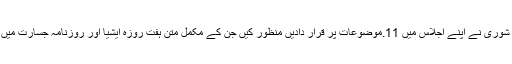
٭	مرکزی مجلس شوریٰ نے اپنے اجلاس میں 11.موضوعات پر قرار دادیں منظور کیں جن کے مکمل متن ہفت روزہ ایشیا اور روزنامہ جسارت میں شائع ہو رہے ہیں ۔